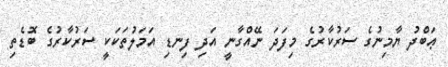
ޢަބްދު ޔާމިނުގެ ސަރުކާރުގެ މިފަދަ ނޭއްގާނީ އަދި ފިނޑި އަމަލުތަކަކީ ސަރުކާރުގެ ބޮޑެތި